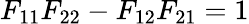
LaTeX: F_{11}F_{22}-F_{12}F_{21}=1